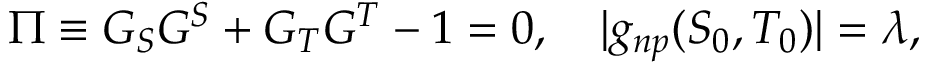
\Pi \equiv G _ { S } G ^ { S } + G _ { T } G ^ { T } - 1 = 0 , \quad | g _ { n p } ( S _ { 0 } , T _ { 0 } ) | = \lambda ,